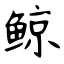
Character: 鲸